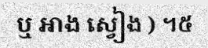
ឬ អាង ស្វៀង ) ។៥